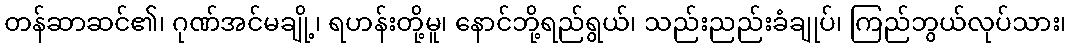
တန်ဆာဆင်၏၊ ဂုဏ်အင်မချို့၊ ရဟန်းတို့မူ၊ နောင်ဘို့ရည်ရွယ်၊ သည်းညည်းခံချုပ်၊ ကြည်ဘွယ်လုပ်သား၊